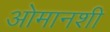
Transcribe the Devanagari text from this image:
ओमानशी